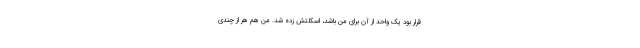
قرار بود یک واحد از آن برای من باشد، اسکلتش زده شد. من هم هر از چندی